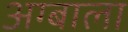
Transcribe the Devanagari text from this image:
अग्बाला